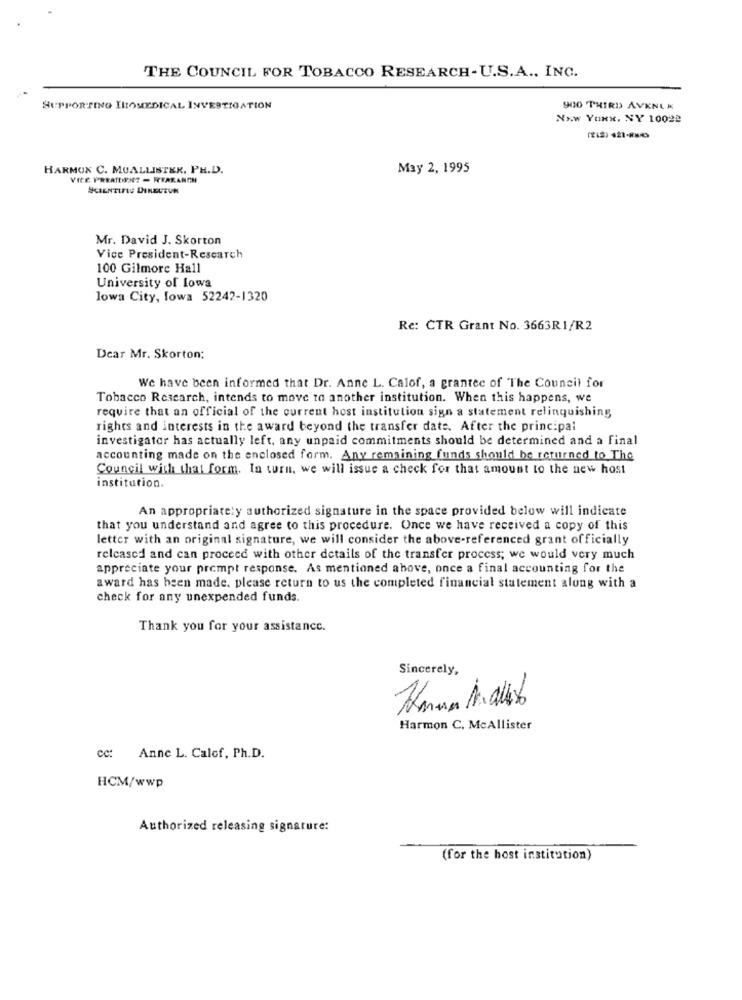
THE COUNCIL FOR TOBACCO RESEARCH-U.S.A ., INC.
SUPPORTING IRLOMEDICAL INVESTIGATION
900 THIRD AVENE K
Now Youx, NY 10022
HARMON C. MUALLISTER, PH.D.
May 2, 1995
VICE PREATOREN? - REARARON
Mr. David J. Skorton
Vice President-Research
100 Gilmore Hall
University of Iowa
lowa City, fowa 52242-1320
Re: CTR Grant No. 3663R1/R2
Dear Mr. Skorton:
We have been informed that Dr. Anne L. Calof, a grantee of The Council for
Tobacco Research, intends to move to another institution. When this happens, we
require that an official of the current host institution sign a statement relinquishing
rights and interests in the award beyond the transfer date. After the principal
investigator has actually left, any unpaid commitments should be determined and a final
accounting made on the enclosed form. Any remaining funds should be returned to The
Council with that form. In turn, we will issue a check for that amount to the new host
institution.
An appropriately authorized signature in the space provided below will indicate
that you understand and agree to this procedure. Once we have received a copy of this
letter with an original signature, we will consider the above-referenced grant officially
released and can proceed with other details of the transfer process; we would very much
appreciate your prompt response. As mentioned above, once a final accounting for the
award has been made. please return to us the completed financial statement along with a
check for any unexpended funds.
Thank you for your assistance.
Sincerely,
-
Harmon C, McAllister
cc: Anne L. Calof, Ph.D.
HCM/wwp
Authorized releasing signature:
(for the host institution)